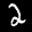
Label: 2